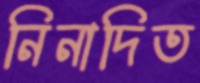
নিনাদিত